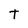
Character: T